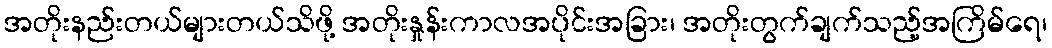
အတိုးနည်းတယ်များတယ်သိဖို့ အတိုးနှုန်းကာလအပိုင်းအခြား၊ အတိုးတွက်ချက်သည့်အကြိမ်ရေ၊